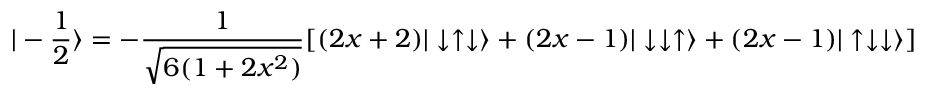
| - \frac { 1 } { 2 } \rangle = - \frac { 1 } { \sqrt { 6 ( 1 + 2 x ^ { 2 } ) } } [ ( 2 x + 2 ) | \downarrow \uparrow \downarrow \rangle + ( 2 x - 1 ) | \downarrow \downarrow \uparrow \rangle + ( 2 x - 1 ) | \uparrow \downarrow \downarrow \rangle ]